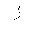
Letter: _zay